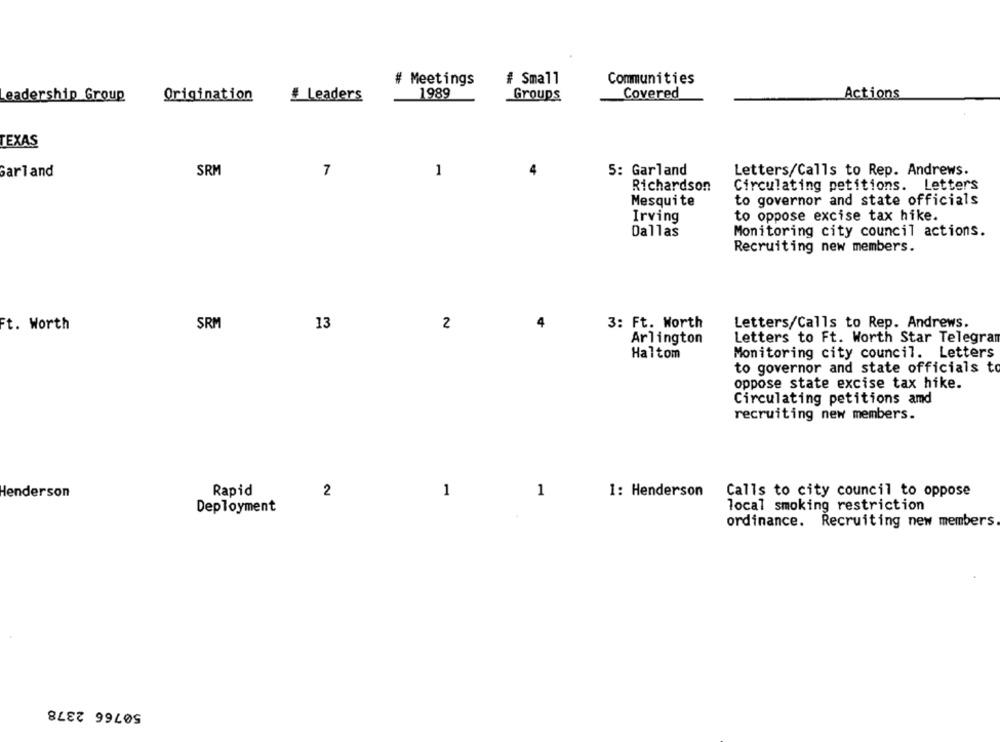
# Meetings
# Small
Communities
1989
Groups
Covered
Actions
eadership Group
Origination
# Leaders
TEXAS
SRM
7
5: Garland
Garland
1
Letters/Calls to Rep. Andrews.
Circulating petitions. Letters
Richardson
Mesquite
to governor and state officials
Irving
to oppose excise tax hike.
Dallas
Monitoring city council actions.
Recruiting new members.
Ft. Worth
SRM
13
2
4
3: Ft. Worth
Letters/Calls to Rep. Andrews.
Arlington
Letters to Ft. Worth Star Telegram
Haltom
Monitoring city council. Letters
to governor and state officials to
oppose state excise tax hike.
Circulating petitions amd
recruiting new members.
Henderson
Rapid
2
1
1
1: Henderson
Calls to city council to oppose
Deployment
local smoking restriction
ordinance. Recruiting new members
50766 2378